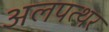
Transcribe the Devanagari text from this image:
अलपत्थर